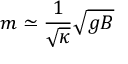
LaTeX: m \simeq \frac { 1 } { \sqrt { \kappa } } \sqrt { g B }